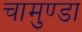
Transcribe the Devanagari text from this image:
चामुण्‍डा